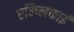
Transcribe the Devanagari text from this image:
एम्प्लिफाई